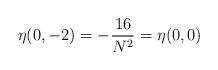
LaTeX: \begin{align*}\eta(0,-2) = -\frac{16}{N^2} = \eta(0,0)\end{align*}